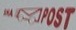
POT